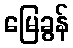
မြေခွန်